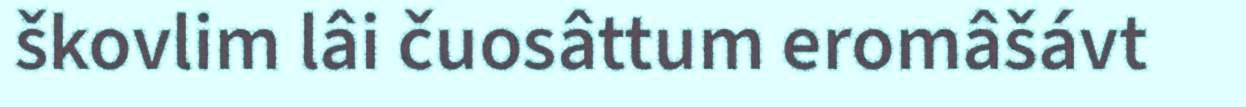
škovlim lâi čuosâttum eromâšávt